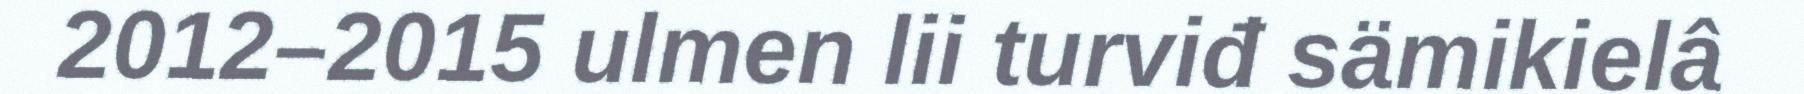
2012–2015 ulmen lii turviđ sämikielâ